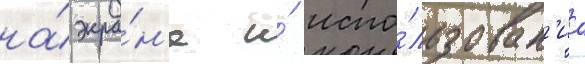
на́ экра́н'е и́ испо́льзован'иа